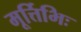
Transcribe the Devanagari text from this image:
मूर्त्तिभिः